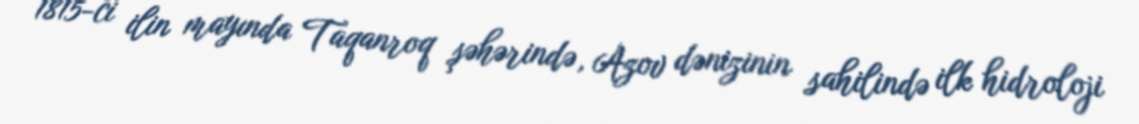
1815-ci ilin mayında Taqanroq şəhərində, Azov dənizinin sahilində ilk hidroloji